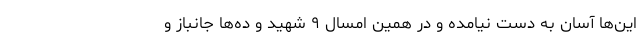
این‌ها آسان به دست نیامده و در همین امسال ۹ شهید و ده‌ها جانباز و